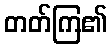
တတ်ကြ၏